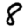
Digit: 8